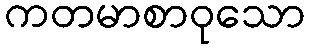
ကတမာစာဝုသော